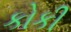
કોકી